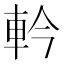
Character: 軡